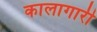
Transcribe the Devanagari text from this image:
कालागारी